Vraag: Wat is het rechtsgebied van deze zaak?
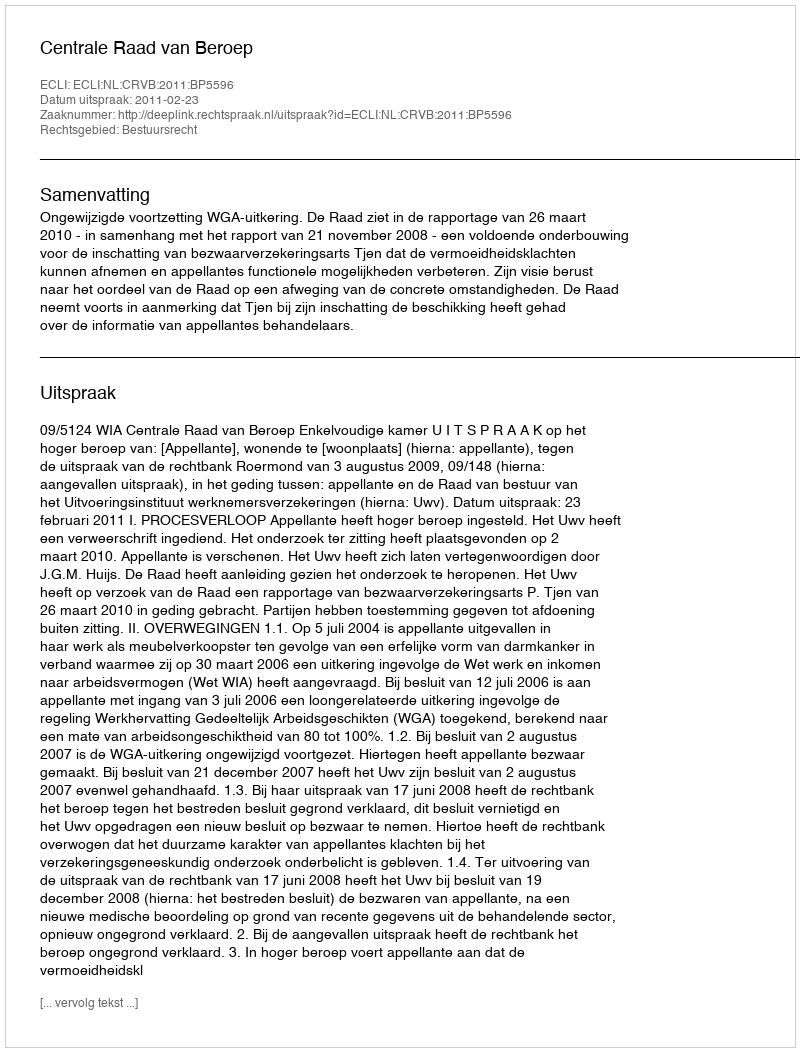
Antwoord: Bestuursrecht